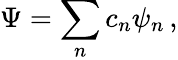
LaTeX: \Psi=\sum_{n}c_{n}\psi_{n}\, ,